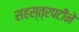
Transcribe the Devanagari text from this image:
सहस्त्रपटीने